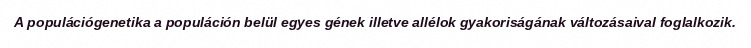
A populációgenetika a populáción belül egyes gének illetve allélok gyakoriságának változásaival foglalkozik.